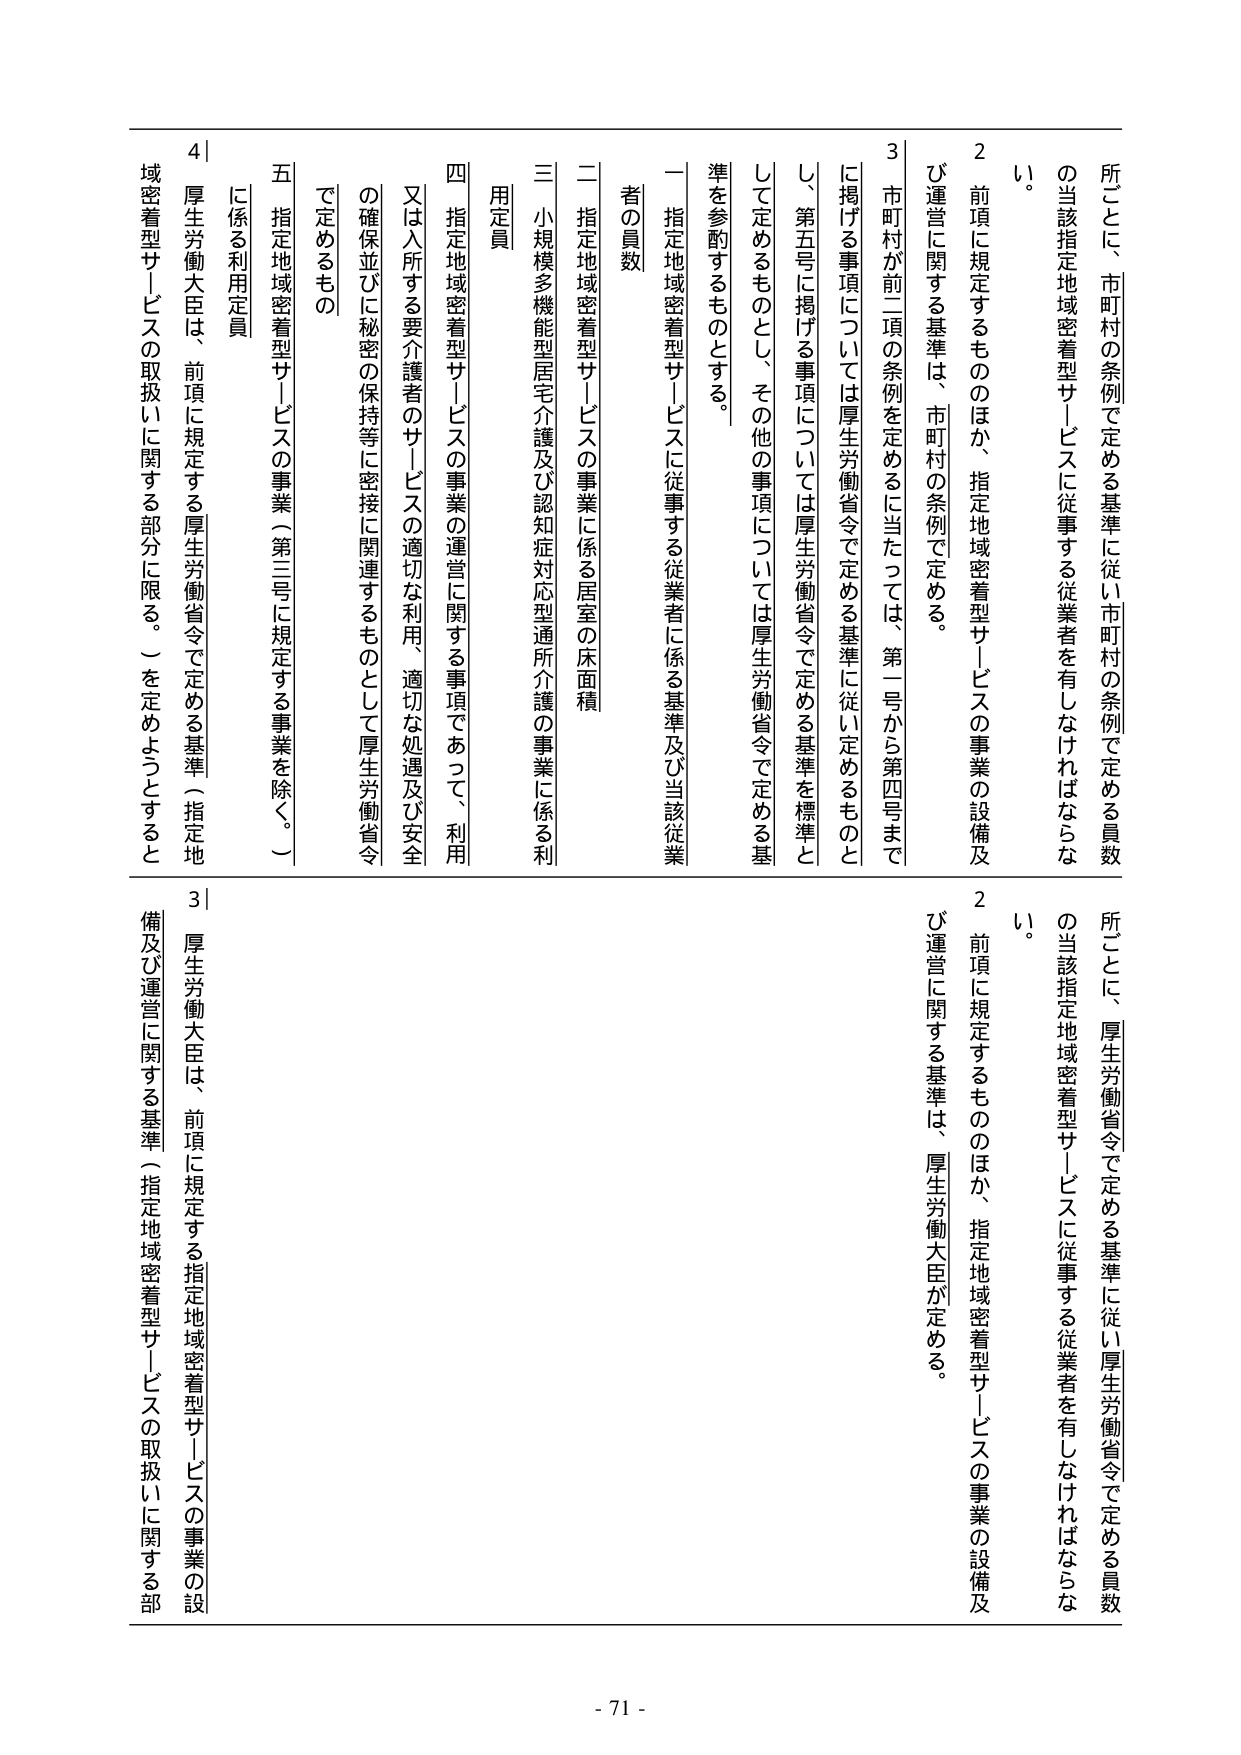
所ごとに、市町村の条例で定める基準に従い市町村の条例で定める員数
の当該指定地域密着型サービスに従事する従業者を有しなければならな
い。
2 前項に規定するもののほか、指定地域密着型サービスの事業の設備及
び運営に関する基準は、市町村の条例で定める。
3 市町村が前二項の条例を定めるに当たっては、第一号から第四号まで
に掲げる事項については厚生労働省令で定める基準に従い定めるものと
し、第五号に掲げる事項については厚生労働省令で定める基準を標準と
して定めるものとし、その他の事項については厚生労働省令で定める基
準を参酌するものとする。
一 指定地域密着型サービスに従事する従業者に係る基準及び当該従業
者の員数
二 指定地域密着型サービスの事業に係る居室の床面積
三 小規模多機能型居宅介護及び認知対応型通所介護の事業に係る利
用定員
四 指定地域密着型サービスの事業の運営に関する事項であって、利用
又は入所する要介護者のサービスの適切な利用、適切な処遇及び安全
の確保並びに秘密の保持等に密接に関連するものとして厚生労働省令
で定めるもの
五 指定地域密着型サービスの事業（第三号に規定する事業を除く。）
に係る利用定員
4 厚生労働大臣は、前項に規定する厚生労働省令で定める基準（指定地
域密着型サービスの取扱いに関する部分に限る。）を定めようとすると
所ごとに、厚生労働省令で定める基準に従い厚生労働省令で定める員数
の当該指定地域密着型サービスに従事する従業者を有しなければならな
い。
2 前項に規定するもののほか、指定地域密着型サービスの事業の設備及
び運営に関する基準は、厚生労働大臣が定める。
3 厚生労働大臣は、前項に規定する指定地域密着型サービスの事業の設
備及び運営に関する基準（指定地域密着型サービスの取扱いに関する部
- 71 -